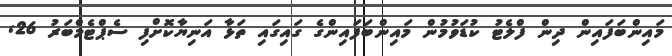
މައިންބަފައިން ދިން ފްލެޓު ކުޑަވުމުން މައިންބަފައިންގެ ގައިގައި ތަޅާ އަނިޔާކޮށްފި ސެޕްޓެމްބަރު 26